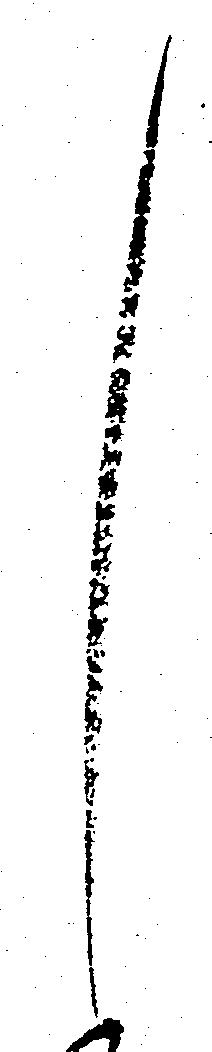
し